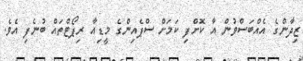
ޒިދާންގެ އެއްބަސްވުން އާ ކޮށްފި ކަމަށް ސްޕެއިންގެ މީޑިއާ ރިޕޯޓްތައް ބުނެފި އެވެ.